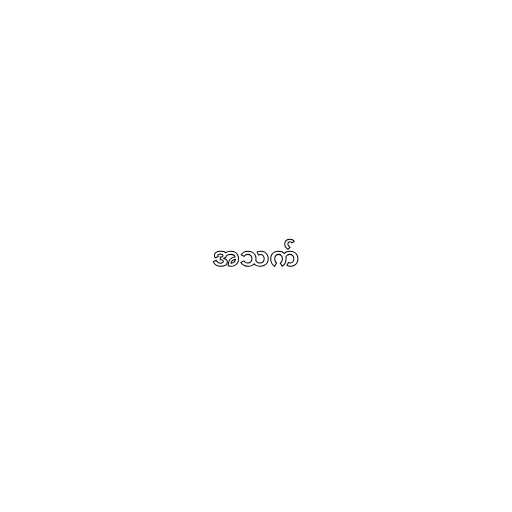
အသက်